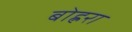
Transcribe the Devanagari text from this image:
बोह्ररा